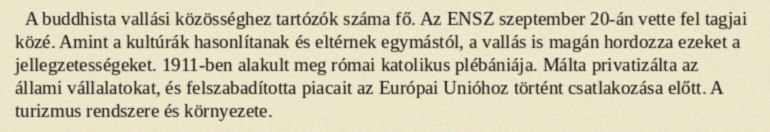
A buddhista vallási közösséghez tartózók száma fő. Az ENSZ szeptember 20-án vette fel tagjai közé. Amint a kultúrák hasonlítanak és eltérnek egymástól, a vallás is magán hordozza ezeket a jellegzetességeket. 1911-ben alakult meg római katolikus plébániája. Málta privatizálta az állami vállalatokat, és felszabadította piacait az Európai Unióhoz történt csatlakozása előtt. A turizmus rendszere és környezete.